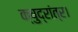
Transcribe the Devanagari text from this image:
क्षुद्रांत्र।